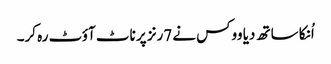
اُنکا ساتھ دیا ووکس نے 7رنز پر ناٹ آؤٹ رہ کر۔